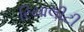
રિયાલીટી